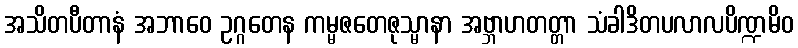
အသိတပီတာနံ အဘာဝေ ဥဂ္ဂတေန ကမ္မဇတေဇုသ္မာနာ အဗ္ဘာဟတတ္တာ သံခါဒိတပလာလပိဏ္ဍမိဝ